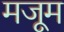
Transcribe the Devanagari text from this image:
मजूम